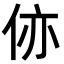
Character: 㑊